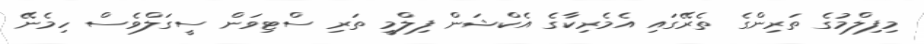
މިފިލްމުގެ ތަރިންގެ ތެރޭގައި އެމެރިކާގެ އެކްޝަން ފިލްމީ ތަރި ސްޓިވަން ސީގަލްވެސް ހިމެނޭ